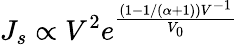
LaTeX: J_{s}\propto V^{2}e^{\frac{(1-1/(\alpha+1))V^{-1}}{V_{0}}}